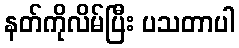
နတ်ကိုလိမ်ပြီး ပသတာပါ